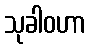
သုခါဝဟာ